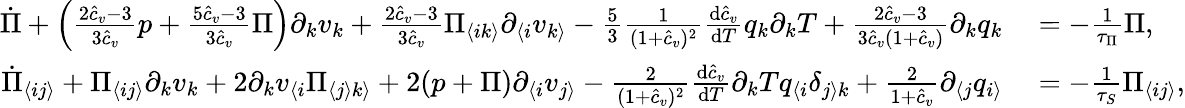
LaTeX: \begin{array}{rl}{\dot{\Pi}+\left(\frac{2\hat{c}_{v}-3}{3\hat{c}_{v}}p+\frac{5\hat{c}_{v}-3}{3\hat{c}_{v}}\Pi\right)\partial_{k}v_{k}+\frac{2\hat{c}_{v}-3}{3\hat{c}_{v}}\Pi_{\langle ik\rangle}\partial_{\langle i}v_{k\rangle}-\frac{5}{3}\frac{1}{(1+\hat{c}_{v})^{2}}\frac{\textrm{d}\hat{c}_{v}}{\textrm{d}T}q_{k}\partial_{k}T+\frac{2\hat{c}_{v}-3}{3\hat{c}_{v}(1+\hat{c}_{v})}\partial_{k}q_{k}}&{{}=-\frac{1}{\tau_{\Pi}}\Pi,}\\ {\dot{\Pi}_{\langle ij\rangle}+\Pi_{\langle ij\rangle}\partial_{k}v_{k}+2\partial_{k}v_{\langle i}\Pi_{\langle j\rangle k\rangle}+2(p+\Pi)\partial_{\langle i}v_{j\rangle}-\frac{2}{(1+\hat{c}_{v})^{2}}\frac{\textrm{d}\hat{c}_{v}}{\textrm{d}T}\partial_{k}Tq_{\langle i}\delta_{j\rangle k}+\frac{2}{1+\hat{c}_{v}}\partial_{\langle j}q_{i\rangle}}&{{}=-\frac{1}{\tau_{S}}\Pi_{\langle ij\rangle},}\end{array}